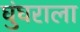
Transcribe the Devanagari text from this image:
घुंघराला